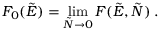
F _ { 0 } ( \tilde { E } ) = \operatorname * { l i m } _ { \tilde { N } \to 0 } F ( \tilde { E } , \tilde { N } ) \; .